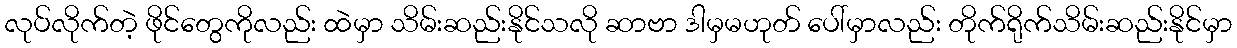
လုပ်လိုက်တဲ့ ဖိုင်တွေကိုလည်း ထဲမှာ သိမ်းဆည်းနိုင်သလို ဆာဗာ ဒါမှမဟုတ် ပေါ်မှာလည်း တိုက်ရိုက်သိမ်းဆည်းနိုင်မှာ